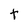
Character: t